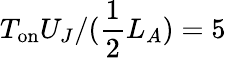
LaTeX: T_{\mathrm{on}}U_{J}/(\frac{1}{2}L_{A})=5